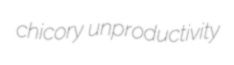
chicory unproductivity